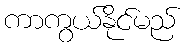
ကာကွယ်နိုင်မည်